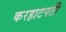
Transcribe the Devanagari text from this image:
करहाटपती